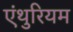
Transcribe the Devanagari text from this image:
एंथुरियम